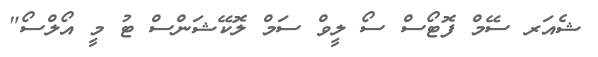
ޝެއަރ ސޭމް ފޮޓޯސް ސޯ ލީވް ސަމް ލޮކޭޝަންސް ޓު މީ އޯލްސޯ"